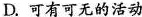
D.可有可无的活动